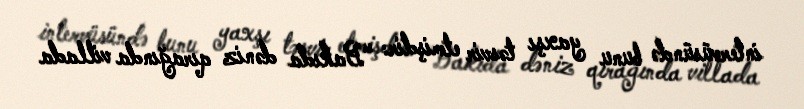
intervüsündə bunu yaxşı təsvir etmişdir: “Bakıda dəniz qırağında villada